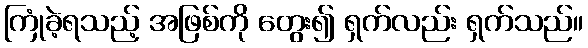
ကြုံခဲ့ရသည့် အဖြစ်ကို တွေး၍ ရှက်လည်း ရှက်သည်။